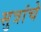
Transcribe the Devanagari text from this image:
सुत्रांचे